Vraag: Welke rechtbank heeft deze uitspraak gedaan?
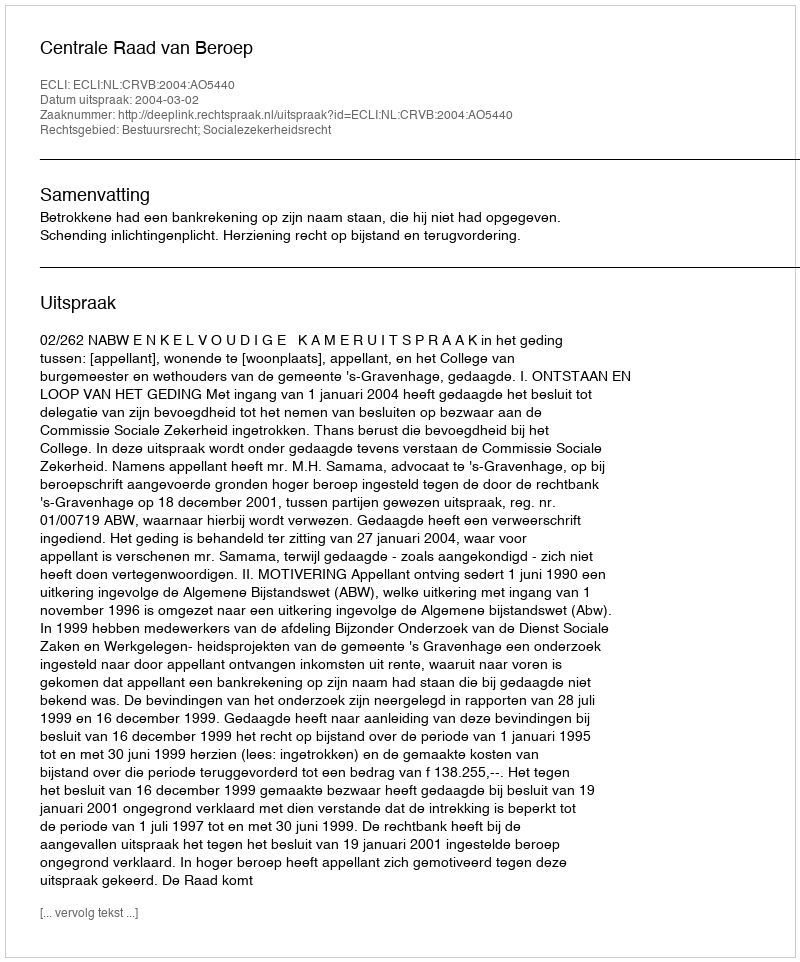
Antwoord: Centrale Raad van Beroep